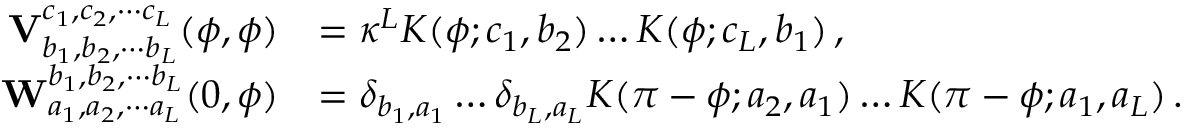
\begin{array} { r l } { \mathbf { V } _ { b _ { 1 } , b _ { 2 } , \cdots b _ { L } } ^ { c _ { 1 } , c _ { 2 } , \cdots c _ { L } } ( \phi , \phi ) } & { = \kappa ^ { L } K ( \phi ; c _ { 1 } , b _ { 2 } ) \ldots K ( \phi ; c _ { L } , b _ { 1 } ) \, , } \\ { \mathbf { W } _ { a _ { 1 } , a _ { 2 } , \cdots a _ { L } } ^ { b _ { 1 } , b _ { 2 } , \cdots b _ { L } } ( 0 , \phi ) } & { = \delta _ { b _ { 1 } , a _ { 1 } } \ldots \delta _ { b _ { L } , a _ { L } } K ( \pi - \phi ; a _ { 2 } , a _ { 1 } ) \ldots K ( \pi - \phi ; a _ { 1 } , a _ { L } ) \, . } \end{array}